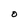
Character: O